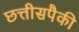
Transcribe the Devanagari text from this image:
छत्तीसपैकी